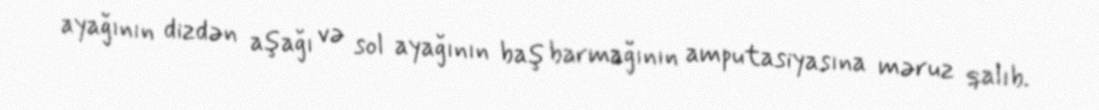
ayağının dizdən aşağı və sol ayağının baş barmağının amputasiyasına məruz qalıb.